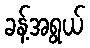
ခန့်အရွယ်